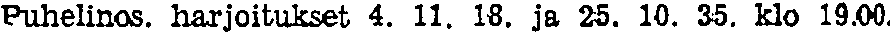
Puhelinos. harjoitukset 4. 11. 18. ja 25. 10. 35. klo 19.00.